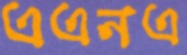
এএনএ